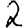
Digit: 2